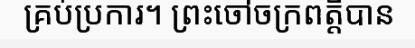
គ្រប់ប្រការ។ ព្រះចៅចក្រពត្តិបាន